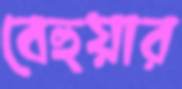
বেহুয়ার